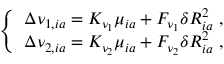
\begin{array} { r } { \left\{ \begin{array} { l l } { \Delta \nu _ { 1 , i a } = K _ { \nu _ { 1 } } \mu _ { i a } + F _ { \nu _ { 1 } } \delta R _ { i a } ^ { 2 } \ , } \\ { \Delta \nu _ { 2 , i a } = K _ { \nu _ { 2 } } \mu _ { i a } + F _ { \nu _ { 2 } } \delta R _ { i a } ^ { 2 } \ , } \end{array} \right. } \end{array}